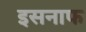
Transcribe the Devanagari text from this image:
इसनाफ